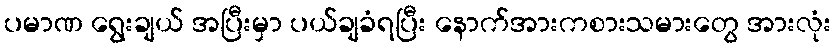
ပမာဏ ရွေးချယ် အပြီးမှာ ပယ်ချခံရပြီး နောက်အားကစားသမားတွေ အားလုံး